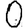
Digit: 0